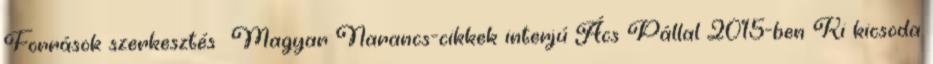
Források szerkesztés Magyar Narancs-cikkek interjú Ács Pállal 2015-ben Ki kicsoda